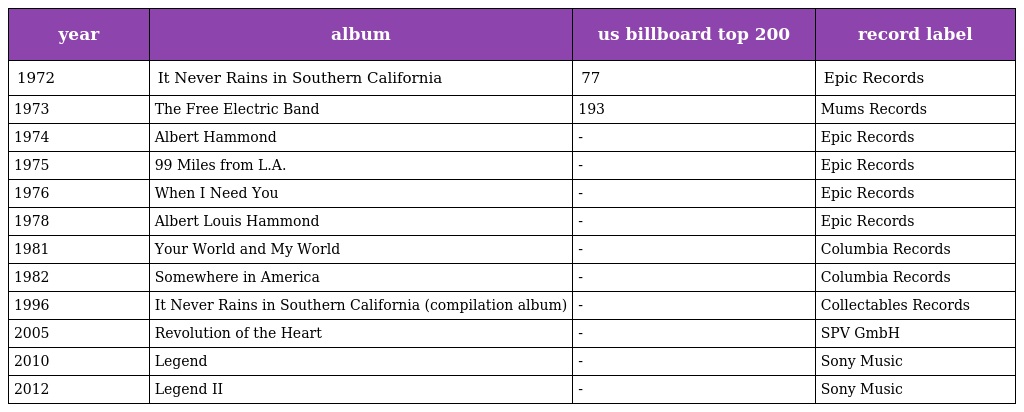
| year | album | us billboard top 200 | record label |
 | --- | --- | --- | --- |
 | 1972 | It Never Rains in Southern California | 77 | Epic Records |
 | 1973 | The Free Electric Band | 193 | Mums Records |
 | 1974 | Albert Hammond | - | Epic Records |
 | 1975 | 99 Miles from L.A. | - | Epic Records |
 | 1976 | When I Need You | - | Epic Records |
 | 1978 | Albert Louis Hammond | - | Epic Records |
 | 1981 | Your World and My World | - | Columbia Records |
 | 1982 | Somewhere in America | - | Columbia Records |
 | 1996 | It Never Rains in Southern California (compilation album) | - | Collectables Records |
 | 2005 | Revolution of the Heart | - | SPV GmbH |
 | 2010 | Legend | - | Sony Music |
 | 2012 | Legend II | - | Sony Music |